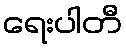
ရေးပါတီ